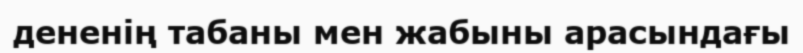
дененің табаны мен жабыны арасындағы